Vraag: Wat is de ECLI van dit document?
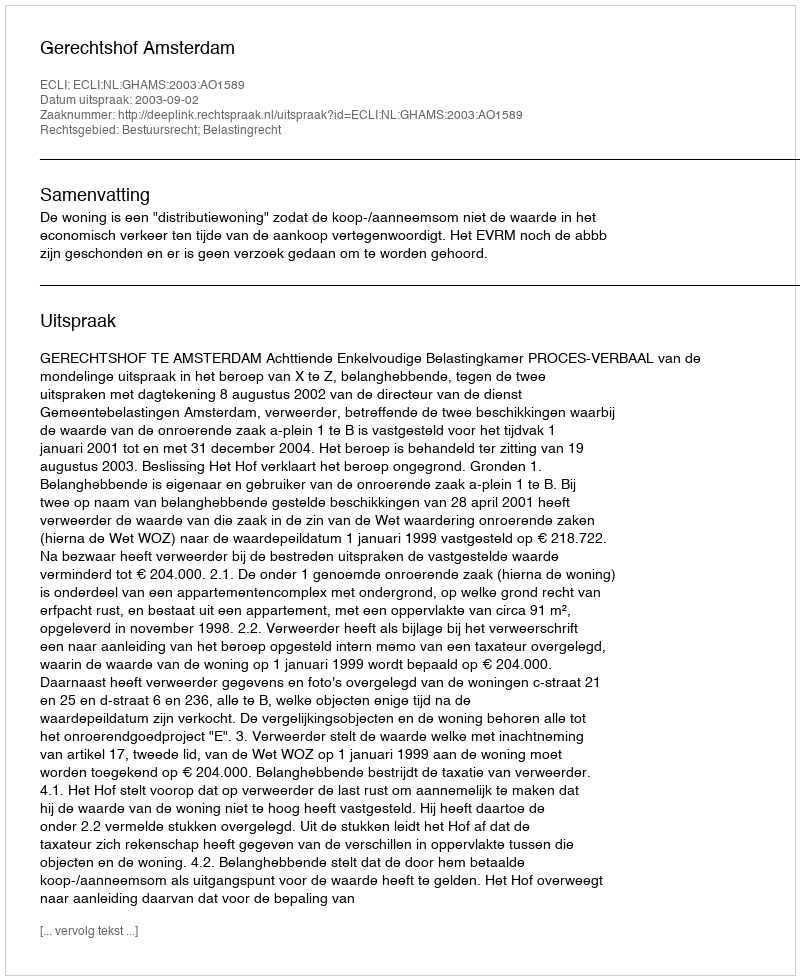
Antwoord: ECLI:NL:GHAMS:2003:AO1589